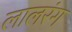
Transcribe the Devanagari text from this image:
लालरंग